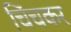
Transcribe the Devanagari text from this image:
चिंचकर